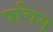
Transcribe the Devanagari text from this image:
पचिस